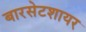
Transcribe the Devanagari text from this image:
बारसेटशायर